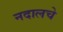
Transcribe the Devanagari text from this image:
नदालचे